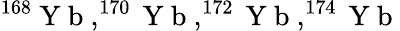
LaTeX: ^{168}\mathrm{~Y~b~},^{170}\mathrm{~Y~b~},^{172}\mathrm{~Y~b~},^{174}\mathrm{~Y~b~}